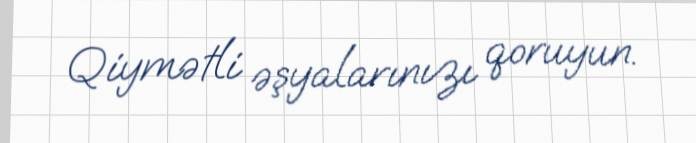
Qiymətli əşyalarınızı qoruyun.